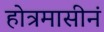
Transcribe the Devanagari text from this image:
होत्रमासीनं